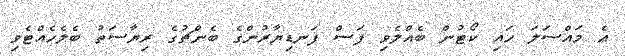
އެ މައްސަލަ ހައި ކޯޓުން ބެއްލެވި ފަސް ފަނޑިޔާރުންގެ ބެންޗުގެ ރިޔާސަތު ބެލެހެއްޓެވި